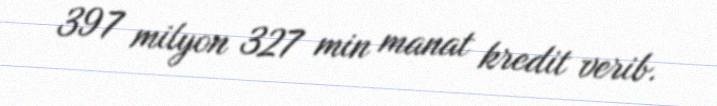
397 milyon 327 min manat kredit verib.